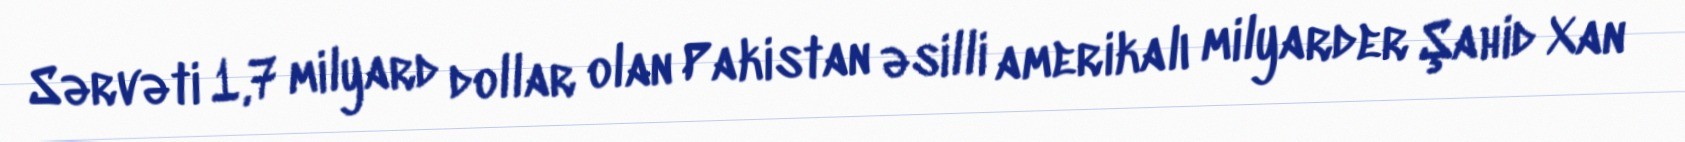
Sərvəti 1,7 milyard dollar olan Pakistan əsilli amerikalı milyarder Şahid Xan